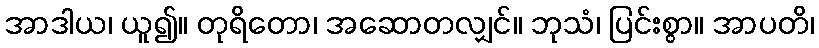
အာဒါယ၊ ယူ၍။ တုရိတော၊ အဆောတလျှင်။ ဘုသံ၊ ပြင်းစွာ။ အာပတိ၊